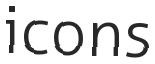
icons